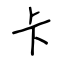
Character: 卡